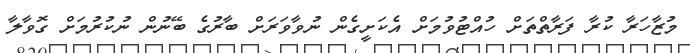
މުޒާހަރާ ކުރާ ފަރާތްތަށް ހުއްޓުވުމަށް އެކަށީގެން ނުވާވަރަށް ބާރުގެ ބޭނުން ނުކުރުމަށް ގޮވާލާ